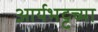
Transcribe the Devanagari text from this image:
आर्यभट्टच्या